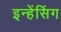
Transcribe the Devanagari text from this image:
इन्हेंसिंग